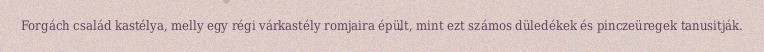
Forgách család kastélya, melly egy régi várkastély romjaira épült, mint ezt számos düledékek és pinczeüregek tanusitják.